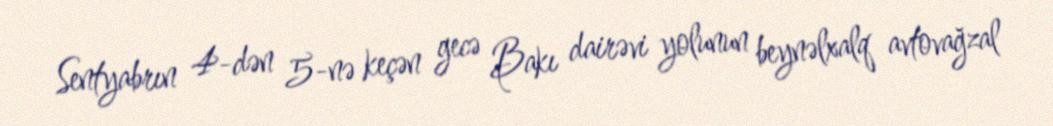
Sentyabrın 4-dən 5-nə keçən gecə Bakı dairəvi yolunun beynəlxalq avtovağzal